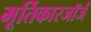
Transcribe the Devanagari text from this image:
मूर्तिकारजॉर्ज